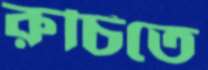
রুচিতে